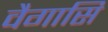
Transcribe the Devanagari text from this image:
वैगासि